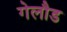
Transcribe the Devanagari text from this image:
गेलौड